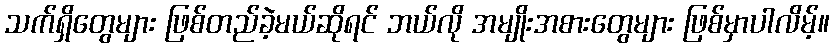
သက်ရှိတွေများ ဖြစ်တည်ခဲ့မယ်ဆိုရင် ဘယ်လို အမျိုးအစားတွေများ ဖြစ်မှာပါလိမ့်။